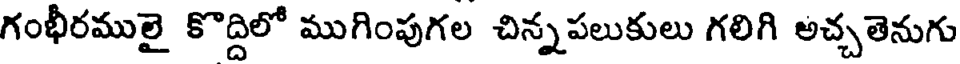
గంభీరములై కొద్దిలో ముగింపుగల చిన్నపలుకులు గలిగి అచ్చతెనుగు